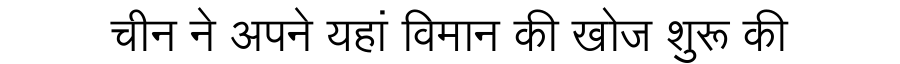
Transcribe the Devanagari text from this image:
चीन ने अपने यहां विमान की खोज शुरू की